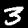
Label: 3